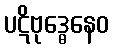
ပဋိဗုဒ္ဓေနေဝ